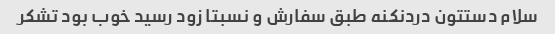
سلام دستتون دردنکنه طبق سفارش و نسبتا زود رسید خوب بود تشکر